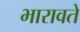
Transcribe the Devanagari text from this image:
भारावते